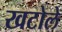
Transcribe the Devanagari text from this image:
खटोले